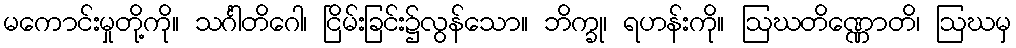
မကောင်းမှုတို့ကို။ သင်္ဂါတိဂေါ၊ ငြိမ်းခြင်း၌လွန်သော။ ဘိက္ခု၊ ရဟန်းကို။ ဩဃတိဏ္ဏောတိ၊ ဩဃမှ